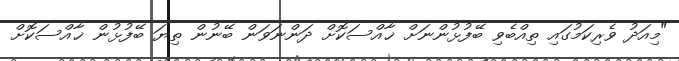
"މިއަދު ވެރިކަމުގައި ތިއްބެވި ބޭފުޅުންނަށް ޚާއްސަކޮށް ދަންނަވަން ބޭނުން ތިޔަ ބޭފުޅުން ޚާއްސަކޮށް